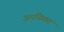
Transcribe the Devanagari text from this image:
अपस्फित